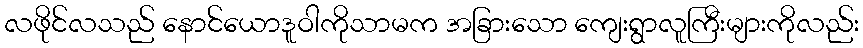
လဖိုင်လသည် နောင်ယောဒူဝါကိုသာမက အခြားသော ကျေးရွာလူကြီးများကိုလည်း